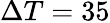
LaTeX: \Delta T=35